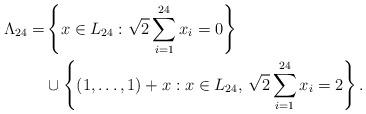
LaTeX: \begin{align*}\Lambda_{24} = & \left\{x \in L_{24} : \sqrt{2}\sum_{i=1}^{24} x_i = 0 \right\} \\& \cup \left\{(1, \ldots, 1) + x :x \in L_{24}, \, \sqrt{2}\sum_{i=1}^{24} x_i = 2 \right\}.\end{align*}